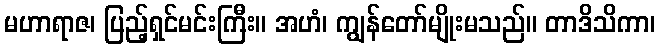
မဟာရာဇ၊ ပြည့်ရှင်မင်းကြီး။ အဟံ၊ ကျွန်တော်မျိုးမသည်။ တာဒိသိကာ၊